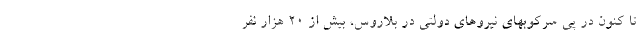
تا کنون در پی سرکوبهای نیروهای دولتی در بلاروس، بیش از ۲۰ هزار نفر